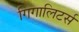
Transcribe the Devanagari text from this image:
गिगालिटर्स